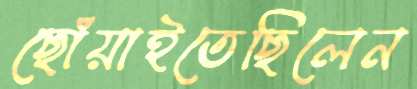
ছোঁয়াইতেছিলেন